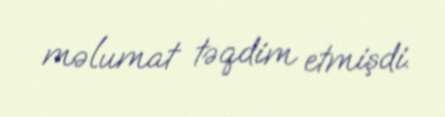
məlumat təqdim etmişdi.